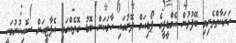
ހަރަކާތްތެރިވި ބޭފުޅުން އެމްޑީޕީގެ ޕޯޑިއަމް ދޮށުގައި ހާމަކަން ބޮޑު ގޮތެއްގައި އެޕާޓީއަށް ސޮއިކުރުމަކީ